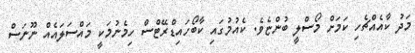
މަދު ކާއެއްޗެހި ކަމަށް މޯސްލީ ބުންޏެވެ. ކެއުމުގައި ކާބޯހައިޑްރޭޓްސް ހިމެނުމަކީ މައްސަލައެއް ނޫނަސް